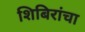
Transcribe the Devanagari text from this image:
शिबिरांचा